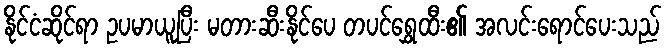
နိုင်ငံဆိုင်ရာ ဥပမာယူပြီး မတားဆီးနိုင်ပေ တပင်ရွှေထီး၏ အလင်းရောင်ပေးသည်